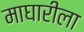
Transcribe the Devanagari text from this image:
माघारीला